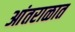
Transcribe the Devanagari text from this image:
आंतराळात